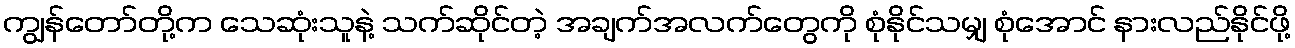
ကျွန်တော်တို့က သေဆုံးသူနဲ့ သက်ဆိုင်တဲ့ အချက်အလက်တွေကို စုံနိုင်သမျှ စုံအောင် နားလည်နိုင်ဖို့